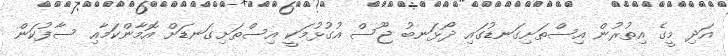
އަދި މީގެ އިތުރުން އިސްތަށިގަނޑުގައި ދޯޅަނބު ޖޫސް އުގުޅުމަކީ އިސްތަށިގަނޑަށް އޮމާންކަމާއި ސާފުކަން